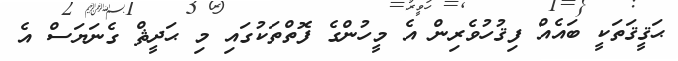
ޙަޤީޤަތަކީ ބައެއް ފިޤުހުވެރިން އެ މީހުންގެ ފޮތްތަކުގައި މި ޙަދީޘް ގެނަޔަސް އެ